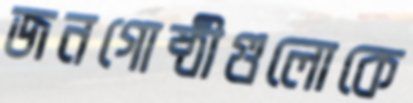
জনগোষ্ঠীগুলোকে